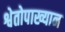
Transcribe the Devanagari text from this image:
श्वेतोपाख्यान